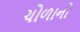
ચોળાનો